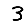
Digit: 3